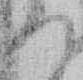
れ